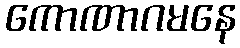
ကောဏာဂမနေ